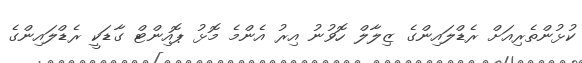
ކުޅުންތެރިއަށް ރެޑްލައިންގެ ޒިލާލް ހޮވުނު އިރު އެންމެ މޮޅު ޕޮއިންޓް ގާޑަކީ ރެޑްލައިންގެ